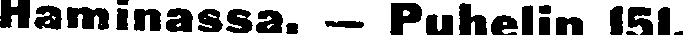
Haminassa. — Puhelin 151.